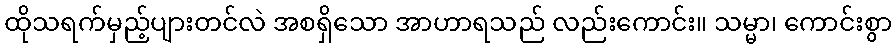
ထိုသရက်မှည့်ပျားတင်လဲ အစရှိသော အာဟာရသည် လည်းကောင်း။ သမ္မာ၊ ကောင်းစွာ